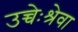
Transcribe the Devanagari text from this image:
उच्चेःश्रेवा